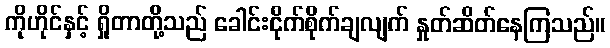
ကိုဟိုင်နှင့် ရှိုတာတို့သည် ခေါင်းငိုက်စိုက်ချလျက် နှုတ်ဆိတ်နေကြသည်။